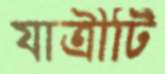
যাত্রীটি